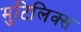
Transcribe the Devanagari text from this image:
मुटिलिक्स